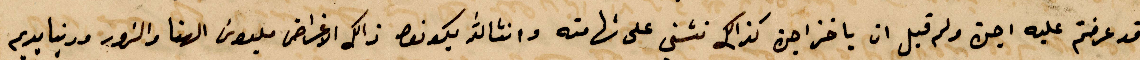
قد عرضتم عليه اجرة ولم يقبل ان ياخدهن كذلك نسني على شهامته وانشالله يكونو ذلك الأغراض مبلوس الهنا والزور %%